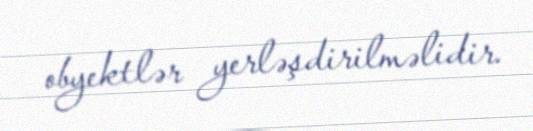
obyektlər yerləşdirilməlidir.